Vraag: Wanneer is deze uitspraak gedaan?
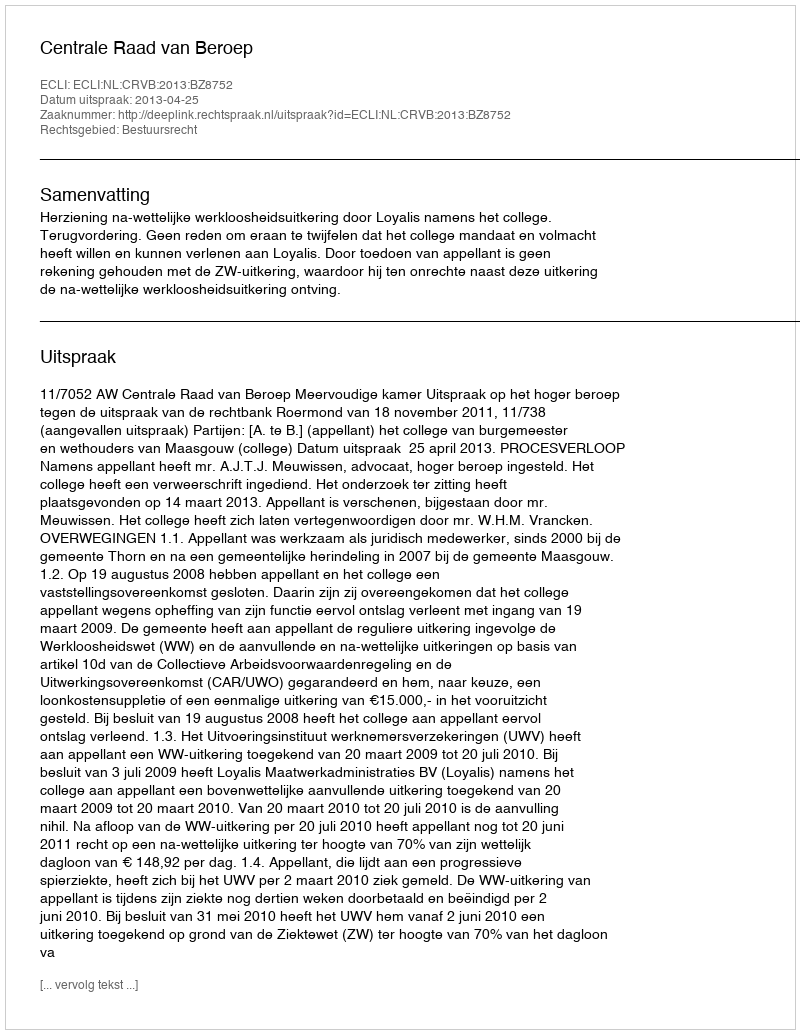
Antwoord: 2013-04-25